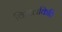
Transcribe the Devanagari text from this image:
विमलकित्ति